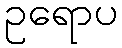
ဥရောပ